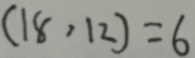
( 1 8 , 1 2 ) = 6